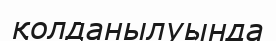
қолданылуында